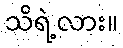
သိရဲ့လား။